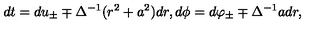
d t = d u _ { \pm } \mp \Delta ^ { - 1 } ( r ^ { 2 } + a ^ { 2 } ) d r , d \phi = d \varphi _ { \pm } \mp \Delta ^ { - 1 } a d r ,